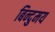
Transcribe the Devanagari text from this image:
बिन्दुमय